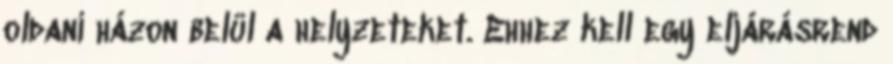
oldani házon belül a helyzeteket. Ehhez kell egy eljárásrend